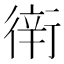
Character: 𧗶